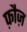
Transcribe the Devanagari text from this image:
फ़ौज़